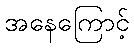
အနေကြောင့်